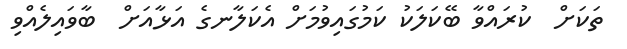
ތަކަށް  ކުރައްވާ ބޭކަލަކު ކަމުގައިވުމަށް އެކަލާނގެ އަޅާއަށް  ބާވައިލެއްވި